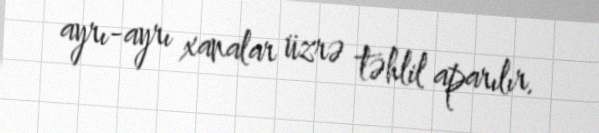
ayrı-ayrı xanalar üzrə təhlil aparılır.